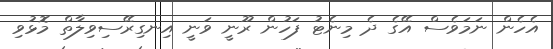
އެހެން ނަމަވެސް އޭގެ ދެ މިނެޓު ފަހުން ރޫނީ ވަނީ އިނގިރޭސިވިލާތް މޮޅުވި